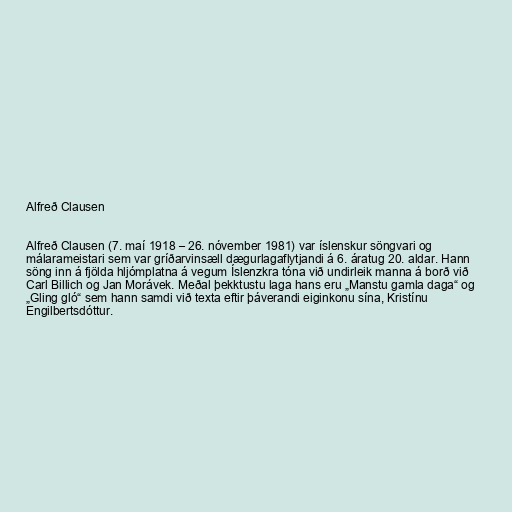
Alfreð Clausen

Alfreð Clausen (7. maí 1918 – 26. nóvember 1981) var íslenskur söngvari og
málarameistari sem var gríðarvinsæll dægurlagaflytjandi á 6. áratug 20. aldar. Hann
söng inn á fjölda hljómplatna á vegum Íslenzkra tóna við undirleik manna á borð við
Carl Billich og Jan Morávek. Meðal þekktustu laga hans eru „Manstu gamla daga“ og
„Gling gló“ sem hann samdi við texta eftir þáverandi eiginkonu sína, Kristínu
Engilbertsdóttur.